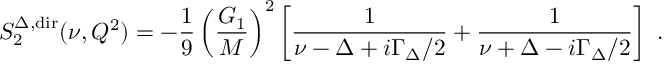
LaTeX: S _ { 2 } ^ { \Delta , \mathrm { d i r } } ( \nu , Q ^ { 2 } ) = - { \frac { 1 } { 9 } } \left( \frac { G _ { 1 } } { M } \right) ^ { 2 } \left[ { \frac { 1 } { \nu - \Delta + i { \Gamma _ { \Delta } / 2 } } } + { \frac { 1 } { \nu + \Delta - i { \Gamma _ { \Delta } / 2 } } } \right] \ .